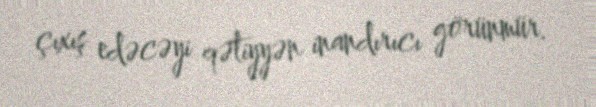
çıxış edəcəyi qətiyyən inandırıcı görünmür.